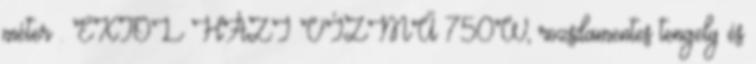
méter . EXTOL HÁZI VÍZMŰ 750W, rozsdamentes tengely és